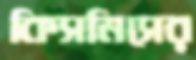
কিসমিসের